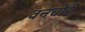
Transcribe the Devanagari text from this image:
वनचोरी